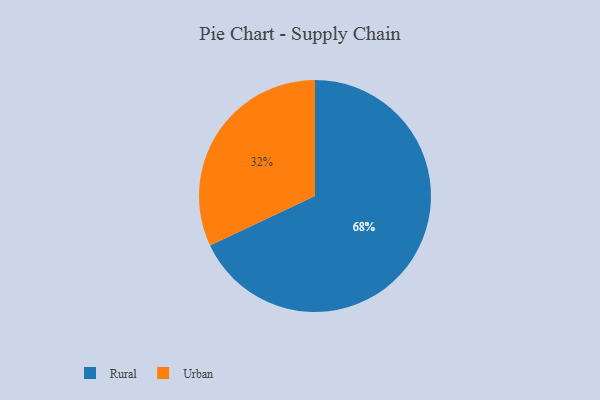
{"axis": {"x": "Category", "y": "Percentage"}, "legend": ["Rural", "Urban"], "data": [{"x": "Rural", "y": 68, "type": "Rural"}, {"x": "Urban", "y": 32, "type": "Urban"}]}